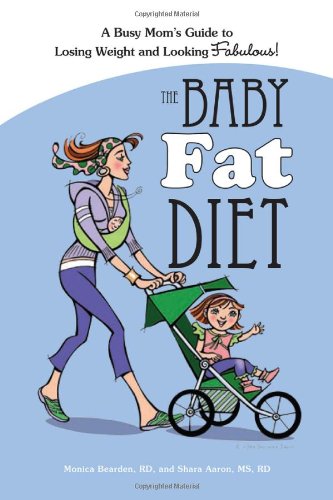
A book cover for The Baby Fat Diet; Monica Bearden; Health, Fitness & Dieting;